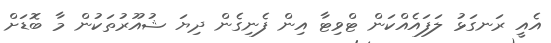
އެއީ ރަނގަޅު ލަފައެއްކަން ޓްވިޓާ އިން ފެނިގެން ދިޔަ ޝުއޫރުތަކުން މާ ބޮޑަށް